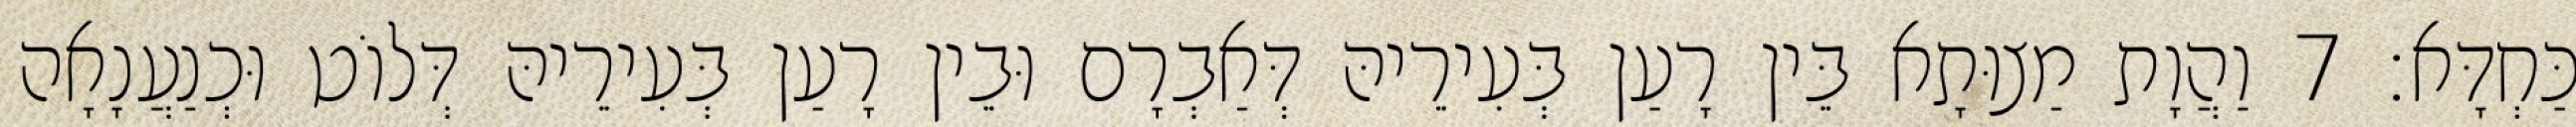
כַּחְדָּא׃ 7 וַהֲוָת מַצוּתָא בֵּין רָעַן בְּעִירֵיהּ דְּאַבְרָם וּבֵין רָעַן בְּעִירֵיהּ דְּלוֹט וּכְנַעֲנָאָה